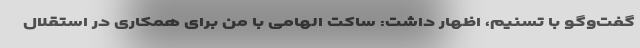
گفت‌وگو با تسنیم، اظهار داشت: ساکت الهامی با من برای همکاری در استقلال